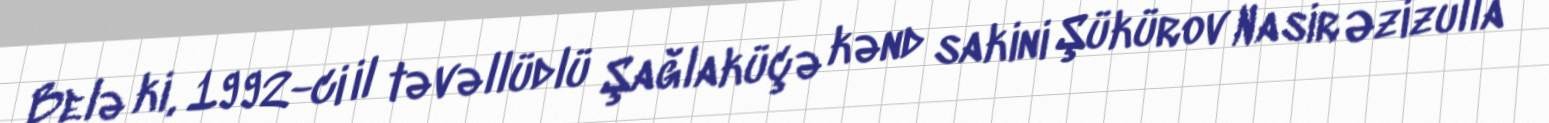
Belə ki, 1992-ci il təvəllüdlü Şağlaküçə kənd sakini Şükürov Nasir Əzizulla